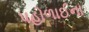
પહોળાઈના